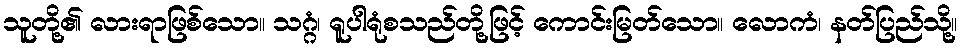
သူတို့၏ လားရာဖြစ်သော။ သဂ္ဂံ၊ ရူပါရုံစသည်တို့ဖြင့် ကောင်းမြတ်သော။ လောကံ၊ နတ်ပြည်သို့။